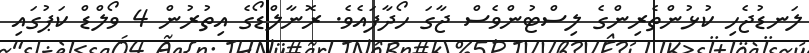
ލަނޑުޖެހި ކުޅުންތެރިންގެ ލިސްޓުންވެސް ޖާގަ ހޯދާފައެވެ. ރޮނާލްޑޯގެ އިތުރުން 4 ވޯލްޑް ކަޕުގައި